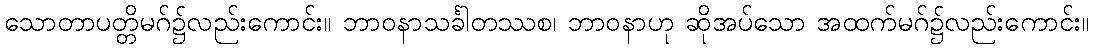
သောတာပတ္တိမဂ်၌လည်းကောင်း။ ဘာဝနာသင်္ခါတဿစ၊ ဘာဝနာဟု ဆိုအပ်သော အထက်မဂ်၌လည်းကောင်း။